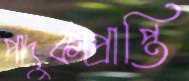
পাদুকাপ্রাপ্তি